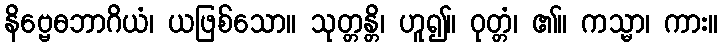
နိဗ္ဗေဓဘာဂိယံ၊ ယဖြစ်သော။ သုတ္တန္တိ၊ ဟူ၍။ ဝုတ္တံ၊ ၏။ ကသ္မာ၊ ကား။